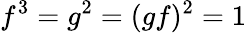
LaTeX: f^{3}=g^{2}=(gf)^{2}=1